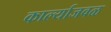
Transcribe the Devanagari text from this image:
कार्ल्याजवळ